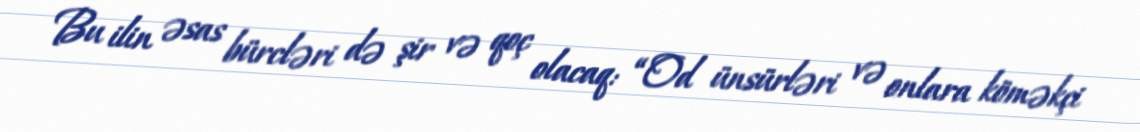
Bu ilin əsas bürcləri də şir və qoç olacaq: “Od ünsürləri və onlara köməkçi